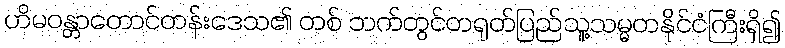
ဟိမဝန္တာတောင်တန်းဒေသ၏ တစ် ဘက်တွင်တရုတ်ပြည်သူ့သမ္မတနိုင်ငံကြီးရှိ၍